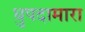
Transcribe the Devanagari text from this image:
धुपदामारा